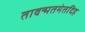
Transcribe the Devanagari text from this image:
तावन्मतमेतदिह